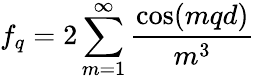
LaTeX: f_{q}=2\sum_{m=1}^{\infty}\frac{\cos(mqd)}{m^{3}}